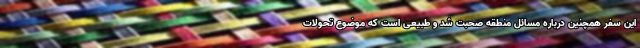
این سفر همچنین درباره مسائل منطقه صحبت شد و طبیعی است که موضوع تحولات